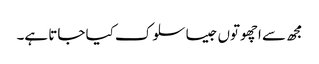
مجھ سے اچھوتوں جیسا سلوک کیا جاتا ہے۔